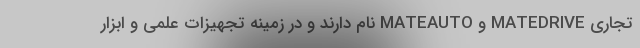
تجاری MATEDRIVE و MATEAUTO نام دارند و در زمینه تجهیزات علمی و ابزار